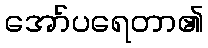
အော်ပရေတာ၏